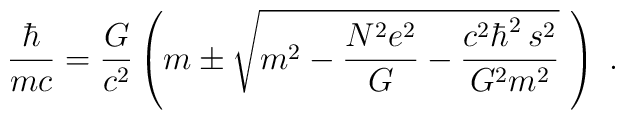
\frac{\hbar}{mc} = \frac{G}{c^2} \left( m \pm \sqrt{m^2-\frac{N^2 e^2}{G} - \frac{c^2 \hbar^2 \, s^2}{G^2m^2}} \,\, \right) \;.